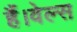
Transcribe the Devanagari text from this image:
हैं।वेल्स